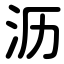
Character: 沥